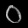
Digit: ၀